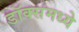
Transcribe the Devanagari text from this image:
डॉक्समध्ये